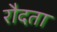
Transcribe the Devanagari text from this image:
रौदता